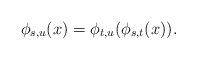
LaTeX: \begin{align*} \phi_{s,u}(x) = \phi_{t,u} (\phi_{s,t} (x)). \end{align*}